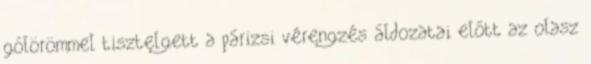
gólörömmel tisztelgett a párizsi vérengzés áldozatai előtt az olasz